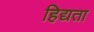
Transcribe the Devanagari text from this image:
हिद्यता